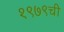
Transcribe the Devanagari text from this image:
१९७९ची